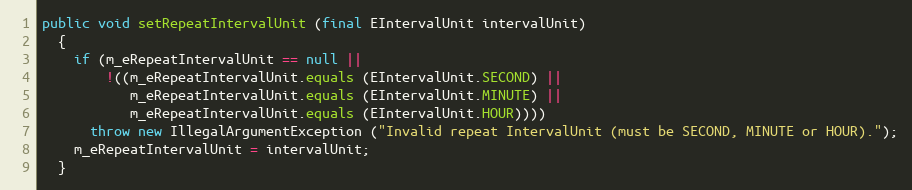
Language: Java
public void setRepeatIntervalUnit (final EIntervalUnit intervalUnit)
  {
    if (m_eRepeatIntervalUnit == null ||
        !((m_eRepeatIntervalUnit.equals (EIntervalUnit.SECOND) ||
           m_eRepeatIntervalUnit.equals (EIntervalUnit.MINUTE) ||
           m_eRepeatIntervalUnit.equals (EIntervalUnit.HOUR))))
      throw new IllegalArgumentException ("Invalid repeat IntervalUnit (must be SECOND, MINUTE or HOUR).");
    m_eRepeatIntervalUnit = intervalUnit;
  }